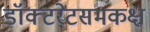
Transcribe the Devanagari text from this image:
डॉक्टरेटसमकक्ष